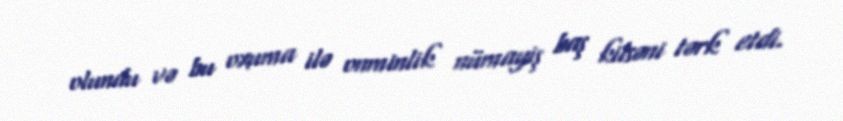
olundu və bu oxuma ilə onminlik nümayiş baş kilsəni tərk etdi.